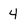
Character: 4